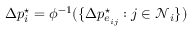
\Delta p _ { i } ^ { \star } = \phi ^ { - 1 } ( \{ \Delta p _ { e _ { i j } } ^ { \star } : j \in \mathcal { N } _ { i } \} )